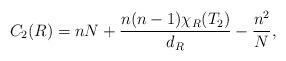
LaTeX: \begin{align*}C_2 (R) = n N + \frac{n (n-1)\chi_{R} (T_2)}{d_R} - \frac{n^2}{N},\end{align*}